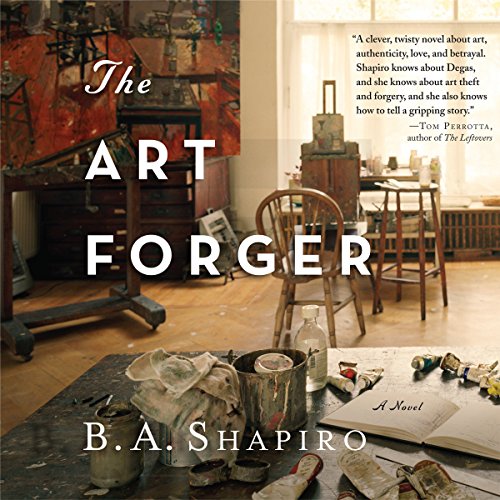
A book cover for The Art Forger; B. A. Shapiro; Mystery, Thriller & Suspense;